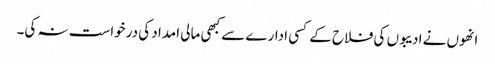
انھوں نے ادیبوں کی فلاح کے کسی ادارے سے کبھی مالی امداد کی درخواست نہ کی۔